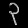
Digit: ၃